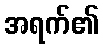
အရက်၏